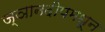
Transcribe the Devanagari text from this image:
ज्ञानदीपमधून